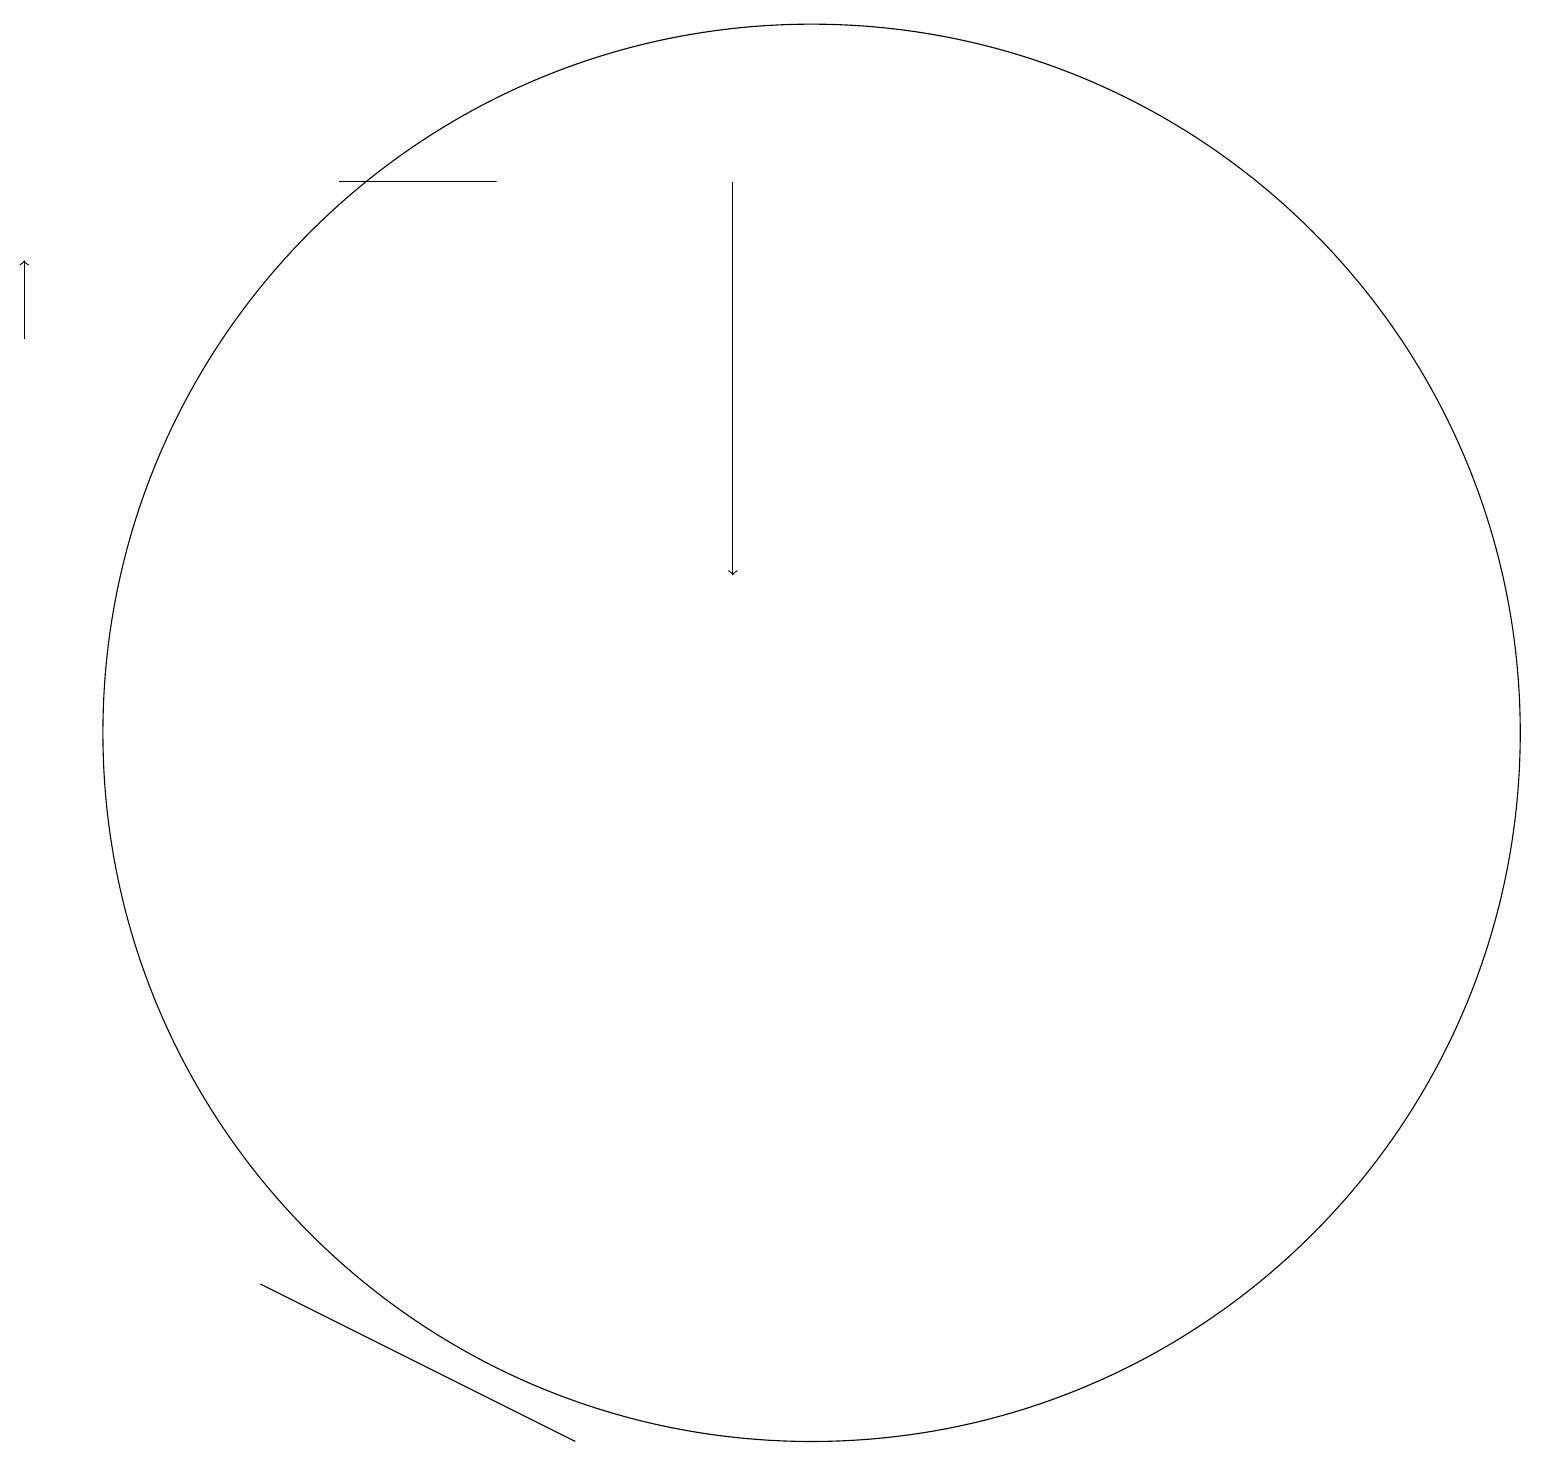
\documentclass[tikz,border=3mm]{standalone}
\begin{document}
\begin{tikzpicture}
\draw (10,10) circle (9);
\draw (7,1) -- (5,2) -- (3,3) -- cycle;
\draw[->] (9,17) -- (9,12);
\draw[->] (0,15) -- (0,16);
\draw (6,17) rectangle (4,17);
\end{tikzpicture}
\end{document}